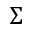
\Sigma _ { } ^ { }